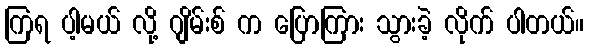
ကြရ ပါ့မယ် လို့ ဂျိမ်းစ် က ပြောကြား သွားခဲ့ လိုက် ပါတယ်။